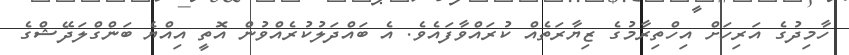
ހާމިދުގެ އަރިހަށް އިހްތިރާމުގެ ޒިޔާރަތެއް ކުރައްވާފައެވެ. އެ ބައްދަލުކުރެއްވުން އޮތީ އިއްޔެ ބަންގްލަދޭޝްގެ